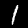
Digit: 1